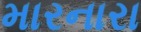
મારનારા